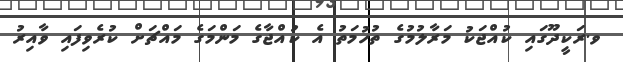
ވ.ރަކީދޫގައި ކުއްޖަކު މަރާލުމުގެ ތުހުމަތު އެ ކުއްޖާގެ މަންމަގެ މައްޗަށް ކުރެވިފައި ވާއިރު